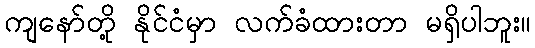
ကျနော်တို့ နိုင်ငံမှာ လက်ခံထားတာ မရှိပါဘူး။